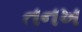
તનખ